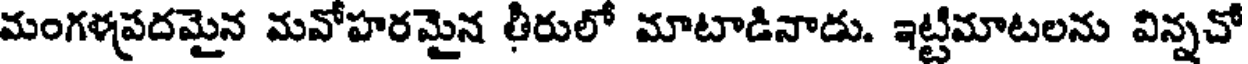
మంగళప్రదమైన మవోహరమైన తీరులో మాటాడినాడు. ఇట్టిమాటలను విన్నచో